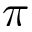
\pi